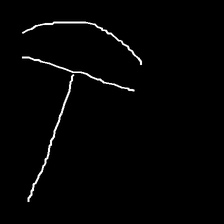
Glyph: dispersion